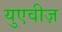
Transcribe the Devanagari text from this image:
युएवीज़